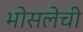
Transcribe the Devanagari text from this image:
भोसलेची